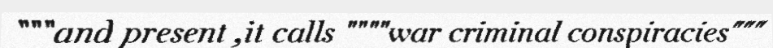
"""and present ,it calls """"war criminal conspiracies"""